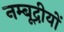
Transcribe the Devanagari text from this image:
नम्बूद्रीयों